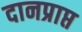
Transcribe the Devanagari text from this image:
दानप्राप्त